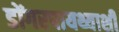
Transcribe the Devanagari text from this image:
डोंगरपायथ्याशी